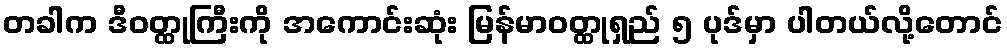
တခါက ဒီဝတ္ထုကြီးကို အကောင်းဆုံး မြန်မာဝတ္ထုရှည် ၅ ပုဒ်မှာ ပါတယ်လို့တောင်